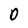
Character: 0